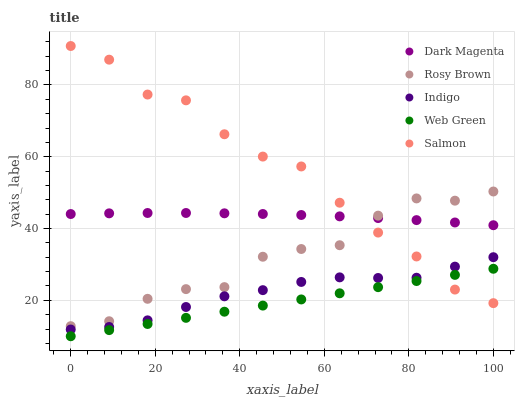
| xaxis_label | Dark Magenta | Rosy Brown | Indigo | Web Green | Salmon |
 | --- | --- | --- | --- | --- | --- |
 | 0 | 44 | 12.8 | 11.9 | 10 | 90.8 |
 | 9.09 | 44.2 | 14.2 | 12.6 | 11.7 | 87 |
 | 18.2 | 44.3 | 20.4 | 14.4 | 13.4 | 77.3 |
 | 27.3 | 44.3 | 23.1 | 18.1 | 15.1 | 75.7 |
 | 36.4 | 44.2 | 23.7 | 21.1 | 16.8 | 66.3 |
 | 45.5 | 44.1 | 32.1 | 22.8 | 18.5 | 60 |
 | 54.5 | 43.8 | 34.3 | 25.1 | 20.3 | 57.3 |
 | 63.6 | 43.4 | 35.4 | 26.4 | 22 | 47.2 |
 | 72.7 | 42.9 | 43.6 | 26.2 | 23.7 | 38.9 |
 | 81.8 | 42.3 | 48.4 | 26.3 | 25.4 | 32.2 |
 | 90.9 | 41.7 | 47.8 | 29.4 | 27.1 | 23 |
 | 100 | 40.9 | 50.3 | 32 | 28.8 | 19.2 |